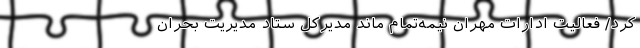
کرد/ فعالیت ادارات مهران نیمه‌تمام ماند مدیرکل ستاد مدیریت بحران